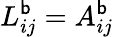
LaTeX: L_{ij}^{\mathsf{b}}=A_{ij}^{\mathsf{b}}